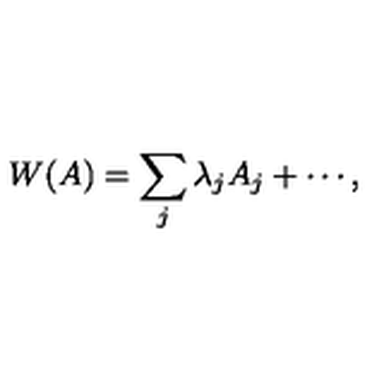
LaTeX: W ( A ) = \sum _ { j } \lambda _ { j } A _ { j } + \cdots ,